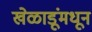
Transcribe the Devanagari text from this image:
खेळाडूंमधून